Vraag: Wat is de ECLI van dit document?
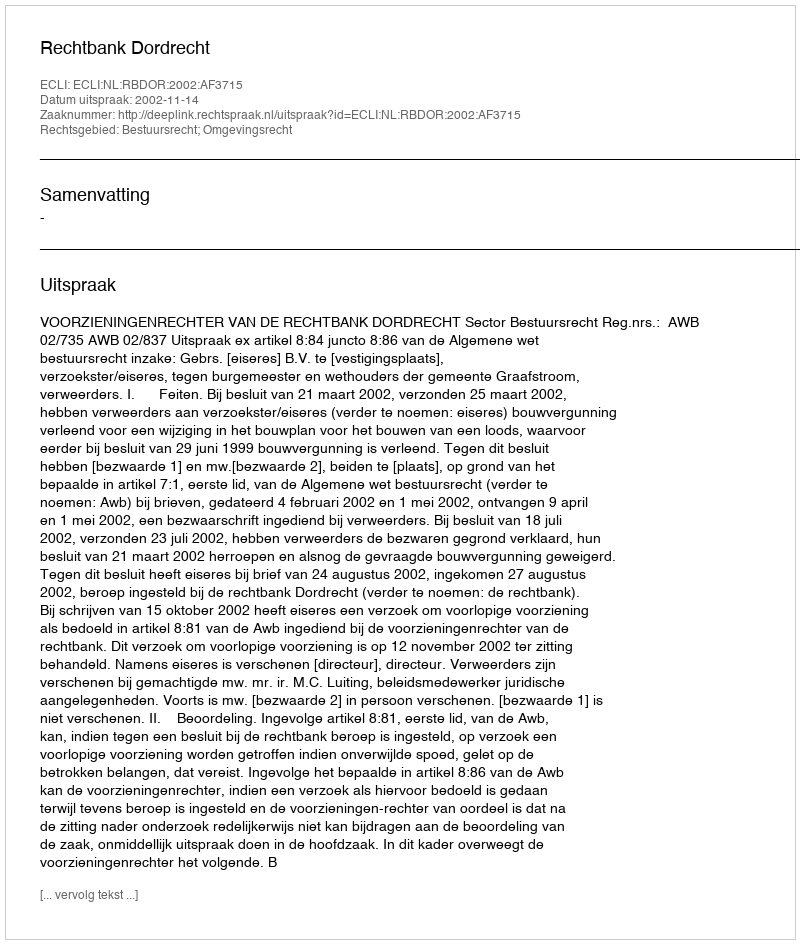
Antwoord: ECLI:NL:RBDOR:2002:AF3715